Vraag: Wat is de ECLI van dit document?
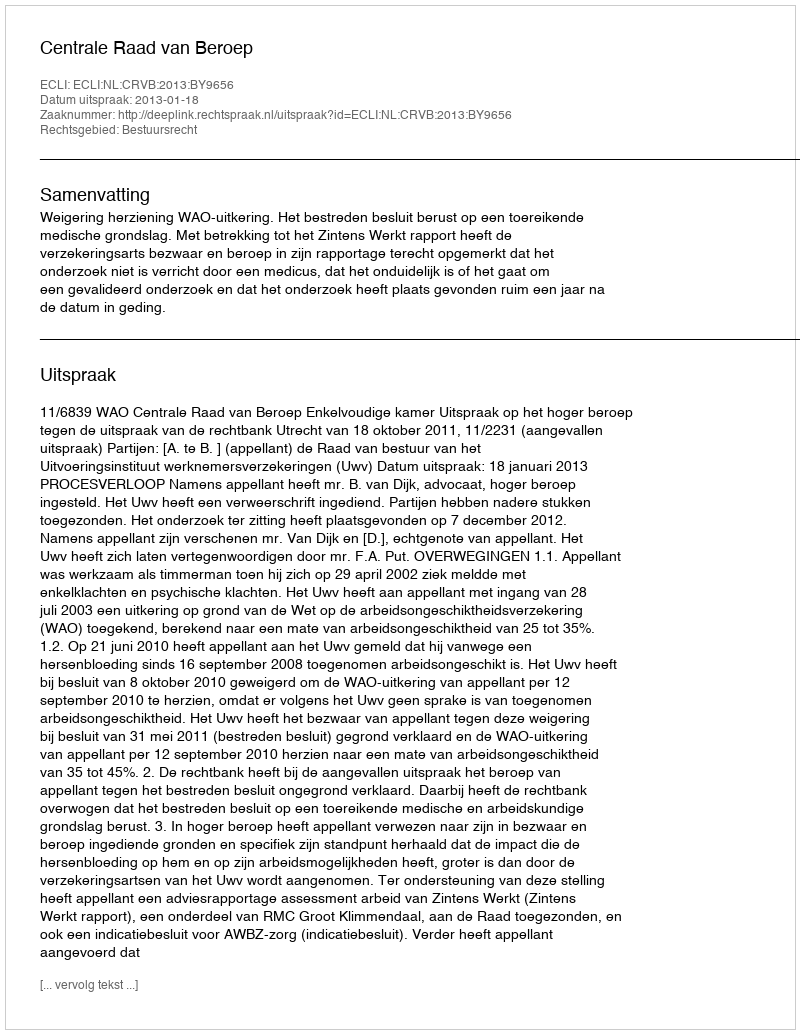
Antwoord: ECLI:NL:CRVB:2013:BY9656